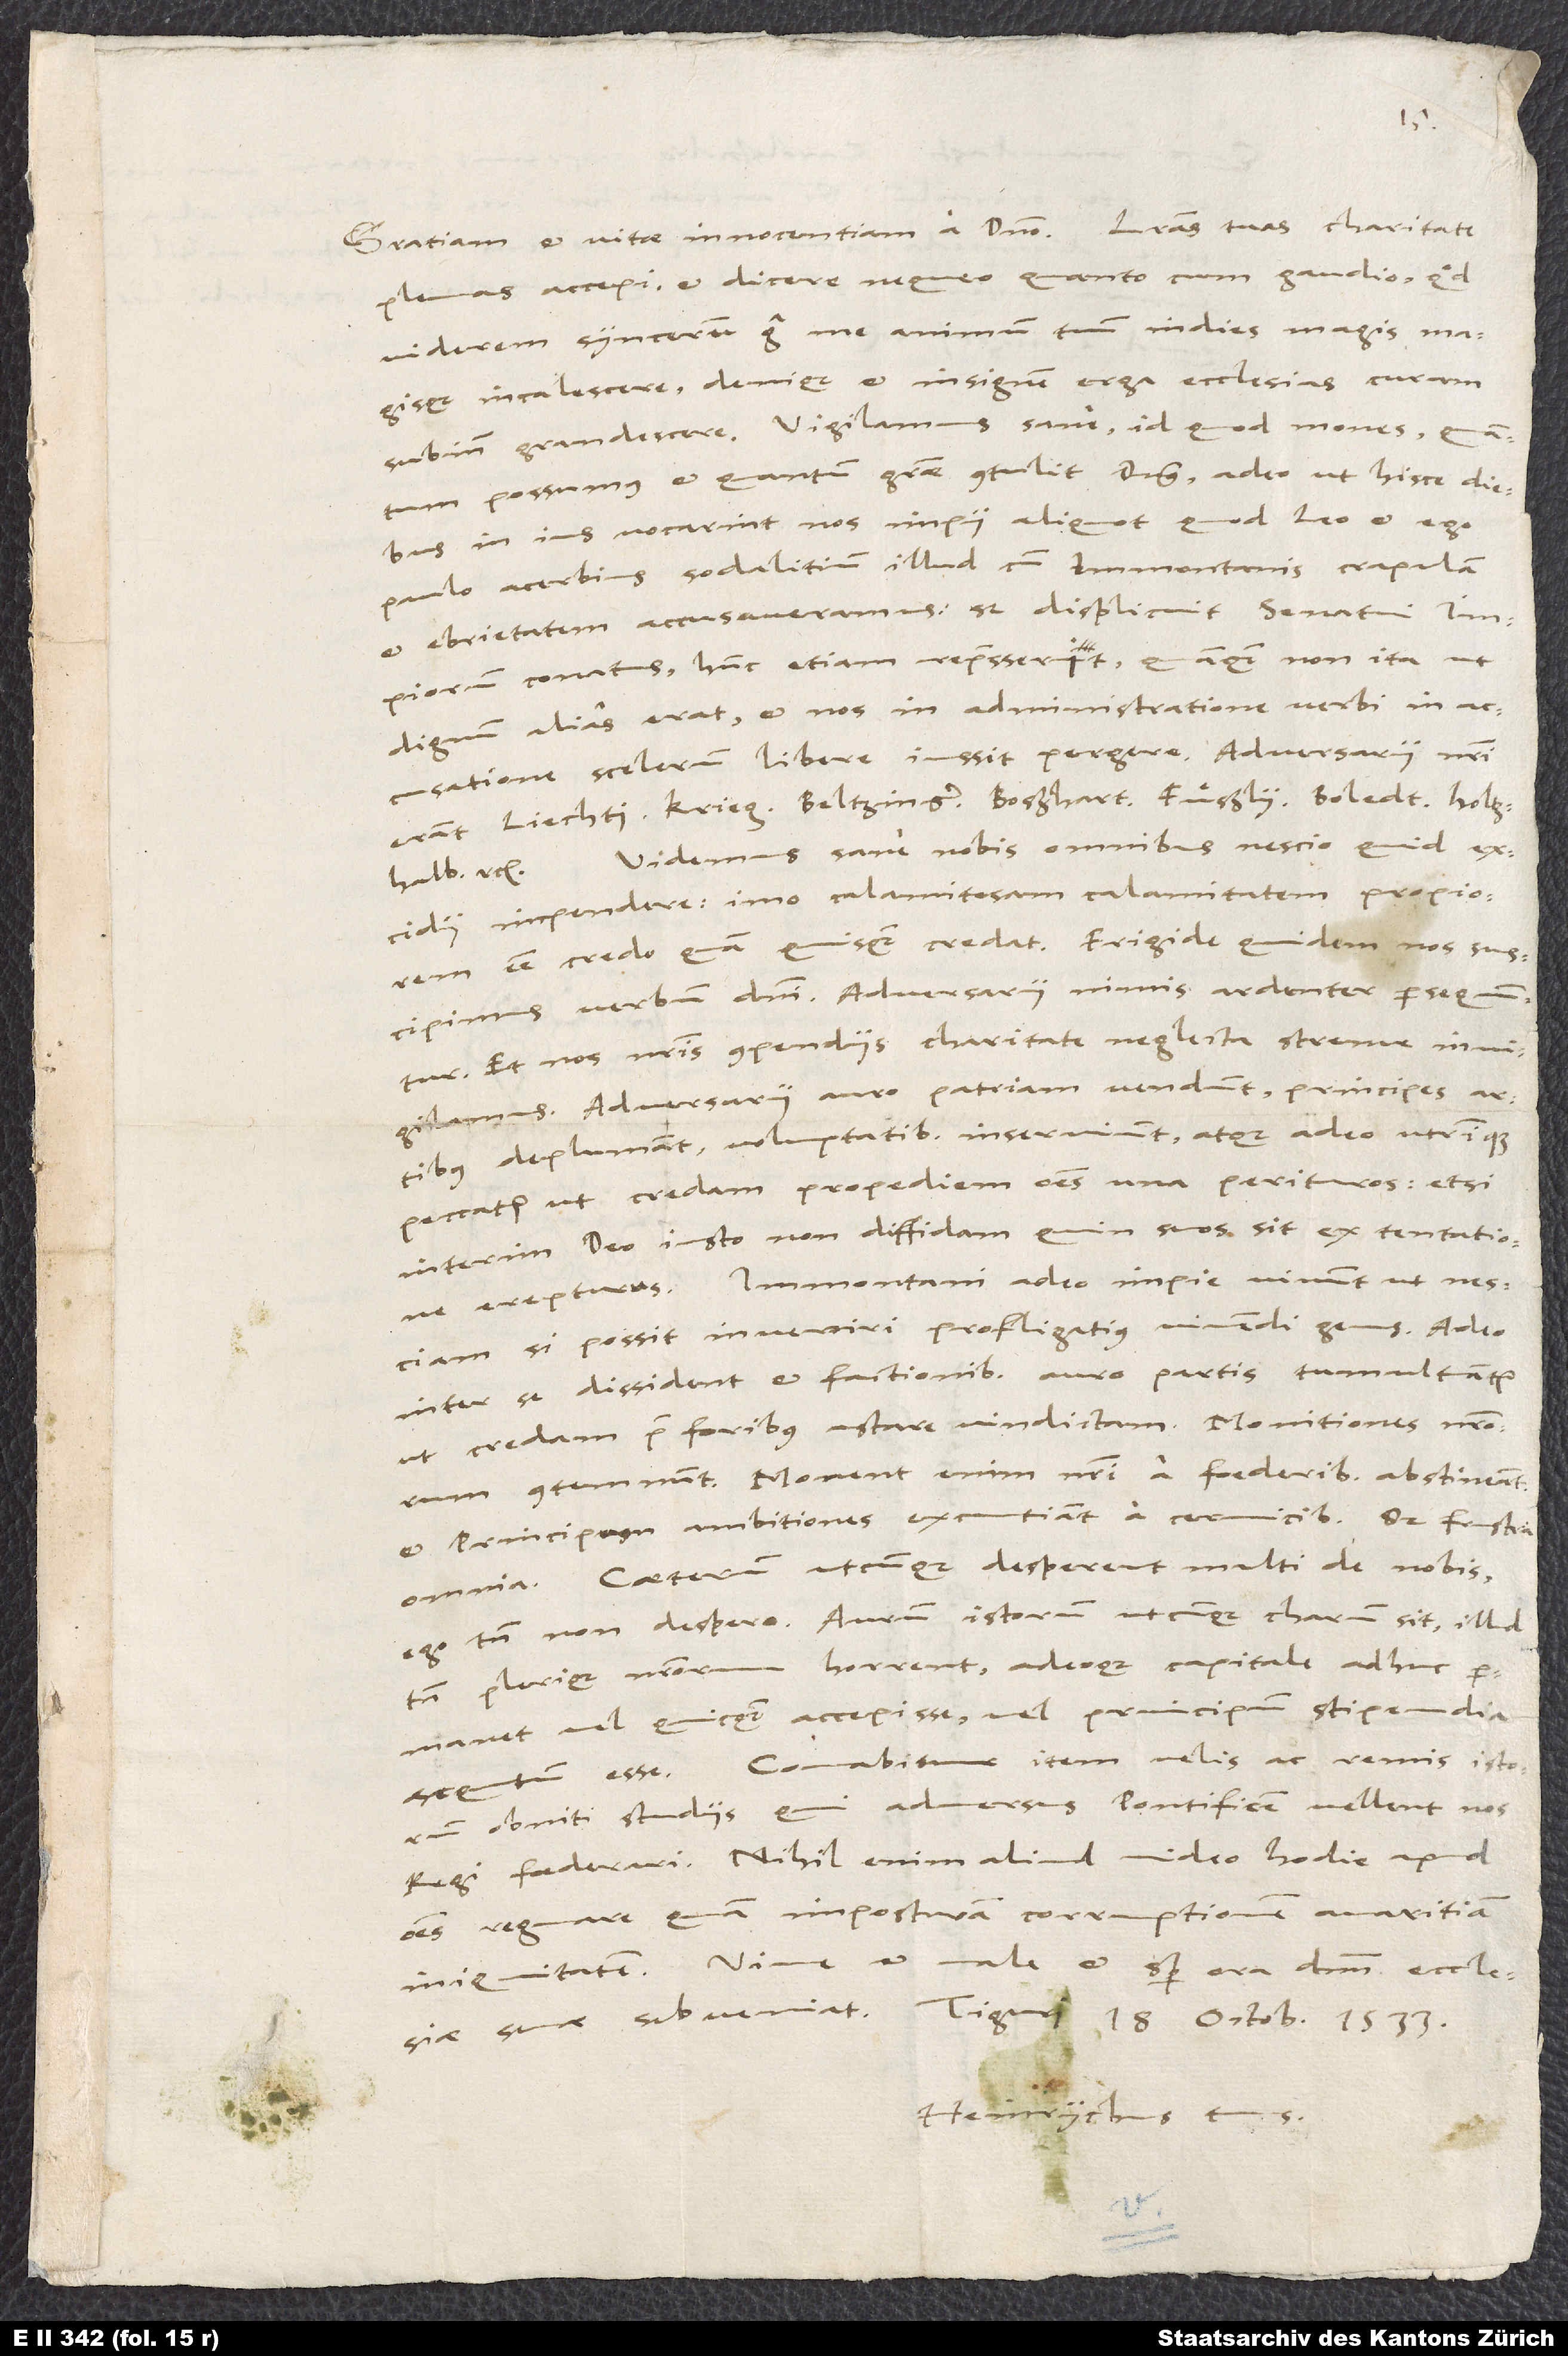
plenas accepi et dicere nequeo, quanto cum gaudio, quod
viderem sincerum erga me animum tuum indies magis magisque
incalescere, denique et insignem erga ecclesias curam
possumus et quantum gratiae contulit dominus, adeo ut hisce diebus
in ius vocarint nos impii aliquot, quod Leo et ego
paulo acerbius sodalitium illud cum Immontanis, crapulam
et ebrietatem accusaveramus. Sed displicuit senatui
impiorum conatus, hunc etiam represserit, quamquam non ita, ut
dignum alias erat, et nos in administratione verbi in
accusatione scelerum libere iussit pergere. Adversarii nostri
erant Liechti, Krieg, Beltzinger, Boßhart, Fuͤßly, Boledt, Holtzhalb
Videmus sane nobis omnibus nescio quid
excidii impendere, imo calamitosam calamitatem propiorem
esse credo, quam quisquam credat. Frigide quidem nos suscipimus
verbum domini. Adversarii nimis ardenter persequuntur,
et nos nostris compendiis charitate neglecta strenue invigilamus.
Adversarii auro patriam vendunt, principes artibus
deplumant, voluptatibus inserviunt, atque adeo utrinque
peccatur, ut credam propediem omnes una perituros, etsi
interim deo iusto non diffidam, quin suos sit ex tentatione
erepturus. Immontani adeo impie vivunt, ut nesciam,
si possit inveniri profligatius vivendi genus. Adeo
inter se dissident et factionibus auro partis tumultuantur,
ut credam prae foribus astare vindictam. Monitiones nostrorum
contemnunt. Monent enim nostri a foederibus abstineant
et principum ambitiones excutiant a cervicibus. Sed frustra
omnia. Caeterum utcunque desperent multi de nobis,
ego tamen non despero. Aurum istorum utcunque charum sit, illud
tamen plerique nostrorum horrent, adeoque capitale adhuc
permanet vel quicquam accepisse vel principum stipendia
sequutum esse. Conabimur item velis ac remis istorum
obniti studiis, qui adversus pontificem vellent nos
regi foederari. Nihil enim aliud video hodie apud
omnes regnare quam imposturam, corruptionem, avaritiam,